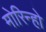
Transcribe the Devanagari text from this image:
मोरिन्हो